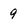
Character: 9